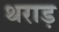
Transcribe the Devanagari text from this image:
थराड़